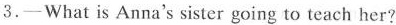
3.—What is Anna's sister going to teach her?